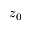
z _ { 0 }